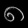
Digit: ၈